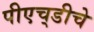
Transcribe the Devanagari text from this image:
पीएच्‌डीचे